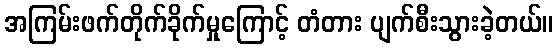
အကြမ်းဖက်တိုက်ခိုက်မှုကြောင့် တံတား ပျက်စီးသွားခဲ့တယ်။